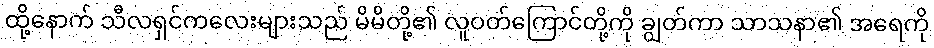
ထို့နောက် သီလရှင်ကလေးများသည် မိမိတို့၏ လူဝတ်ကြောင်တို့ကို ချွတ်ကာ သာသနာ၏ အရေကို